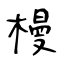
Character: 槾